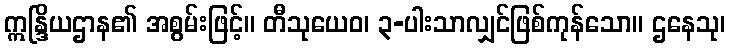
ဣန္ဒြိယဌာန၏ အစွမ်းဖြင့်။ တီသုယေဝ၊ ၃-ပါးသာလျှင်ဖြစ်ကုန်သော။ ဌနေသု၊